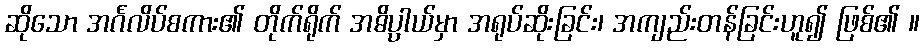
ဆိုသော အင်္ဂလိပ်စကား၏ တိုက်ရိုက် အဓိပ္ပါယ်မှာ အရုပ်ဆိုးခြင်း၊ အကျည်းတန်ခြင်းဟူ၍ ဖြစ်၏ ။